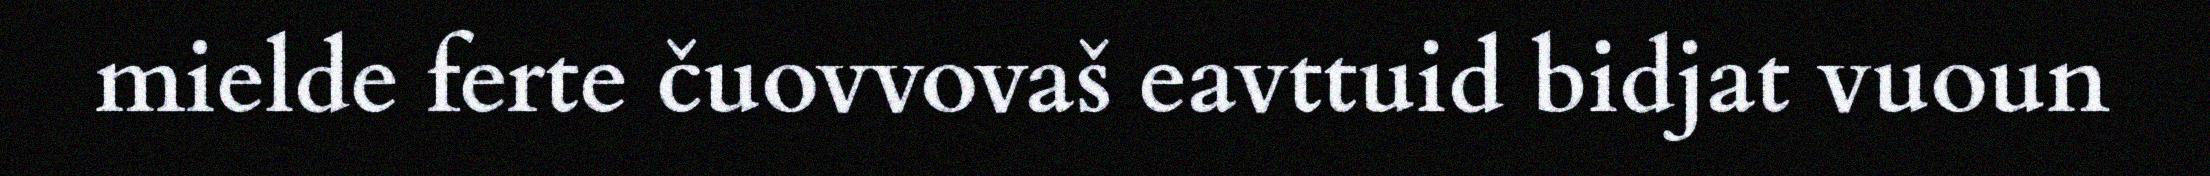
mielde ferte čuovvovaš eavttuid bidjat vuoun